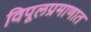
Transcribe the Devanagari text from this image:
विपूलप्रमाणात